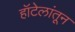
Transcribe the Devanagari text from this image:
हॉटेलांतून